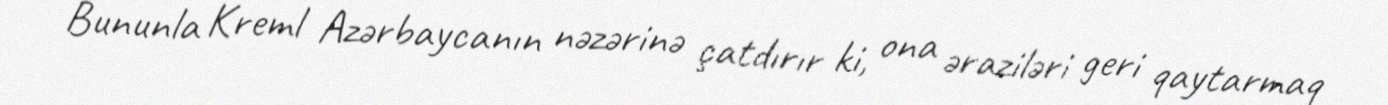
Bununla Kreml Azərbaycanın nəzərinə çatdırır ki, ona əraziləri geri qaytarmaq